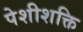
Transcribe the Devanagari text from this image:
पेशीशक्ति